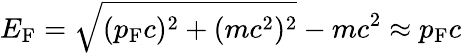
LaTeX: E_{\mathrm{F}}={\sqrt{(p_{\mathrm{F}}c)^{2}+(mc^{2})^{2}}}-mc^{2}\approx p_{\mathrm{F}}c